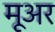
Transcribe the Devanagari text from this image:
मूअर